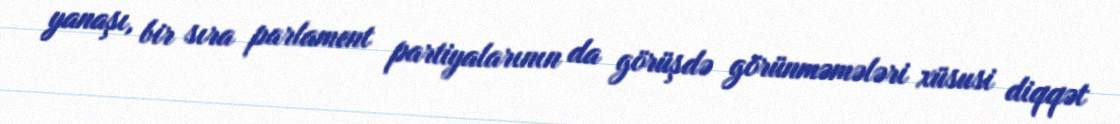
yanaşı, bir sıra parlament partiyalarının da görüşdə görünməmələri xüsusi diqqət